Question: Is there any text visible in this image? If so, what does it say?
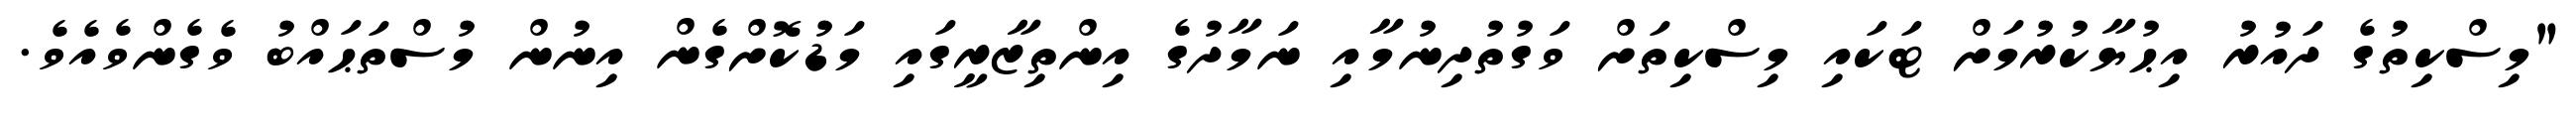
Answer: "މިސްކިތުގެ ދައުރު އިޙުޔާކުރުމަށް ޓަކައި މިސްކިތަށް ވަގުތުދިނުމާއި ނަމާދުގެ އިންތިޒާރީގައި މަޑުކޮށްގެން އިނުން މުސްތަޙައްބު ވެގެންވެއެވެ.